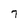
Character: 7